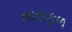
તારાફળ